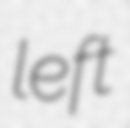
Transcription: left